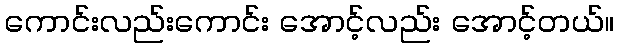
ကောင်းလည်းကောင်း အောင့်လည်း အောင့်တယ်။